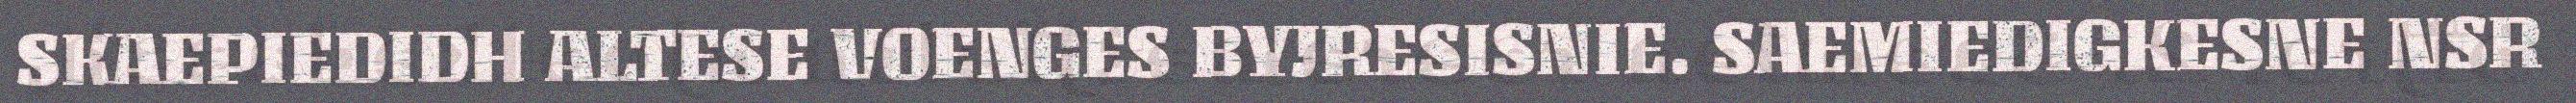
SKAEPIEDIDH ALTESE VOENGES BYJRESISNIE. SAEMIEDIGKESNE NSR